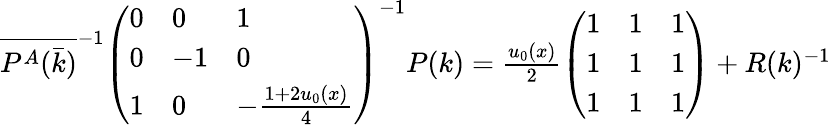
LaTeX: \begin{array}{r}{\overline{{P^{A}(\bar{k})}}^{-1}\left(\begin{array}{lll}{0}&{0}&{1}\\ {0}&{-1}&{0}\\ {1}&{0}&{-\frac{1+2u_{0}(x)}{4}}\end{array}\right)^{-1}P(k)=\frac{u_{0}(x)}{2}\left(\begin{array}{lll}{1}&{1}&{1}\\ {1}&{1}&{1}\\ {1}&{1}&{1}\end{array}\right)+R(k)^{-1}}\end{array}